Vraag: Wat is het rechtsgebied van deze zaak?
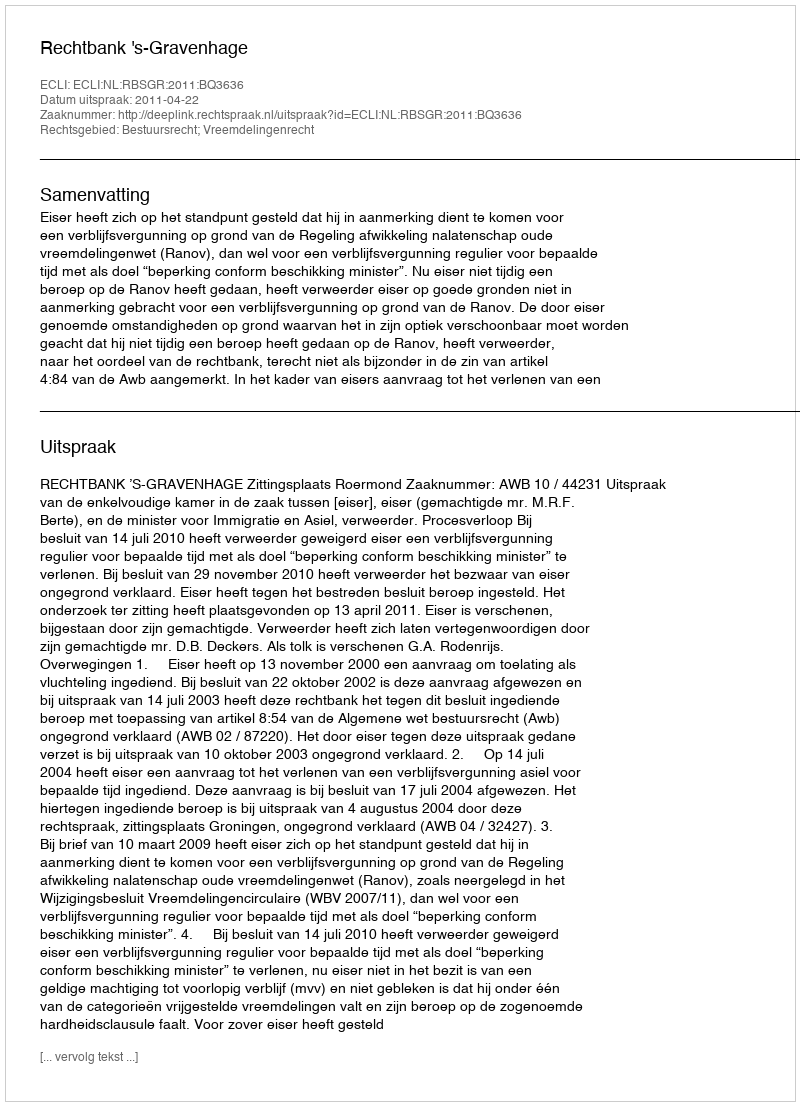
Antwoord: Bestuursrecht; Vreemdelingenrecht